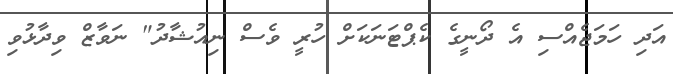
އަދި ހަމަޖެއްސި އެ ދޯނީގެ ކެޕްޓަނަކަށް ހުރީ ވެސް ނިއުޝާދު" ނަވާޒް ވިދާޅުވި